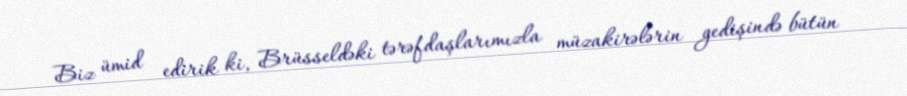
Biz ümid edirik ki, Brüsseldəki tərəfdaşlarımızla müzakirələrin gedişində bütün